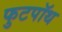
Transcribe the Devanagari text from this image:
फुटपॉथ